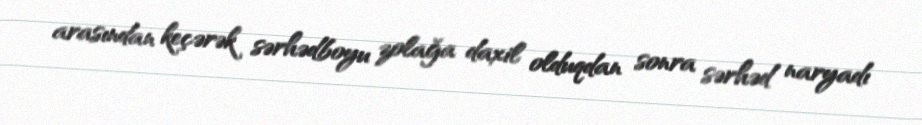
arasından keçərək sərhədboyu zolağa daxil olduqdan sonra sərhəd naryadı